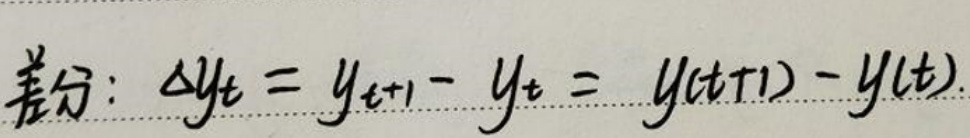
差 分 ： \(\Delta y_{t}=y_{t+1}-y_{t}=y(t+1)-y(t)\)